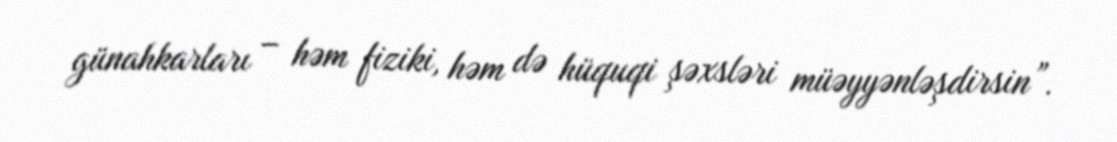
günahkarları – həm fiziki, həm də hüquqi şəxsləri müəyyənləşdirsin”.